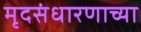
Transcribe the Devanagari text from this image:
मृदसंधारणाच्या